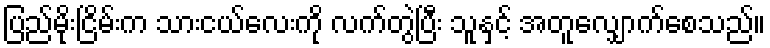
ပြည်မိုးငြိမ်းက သားငယ်လေးကို လက်တွဲပြီး သူနှင့် အတူလျှောက်စေသည်။